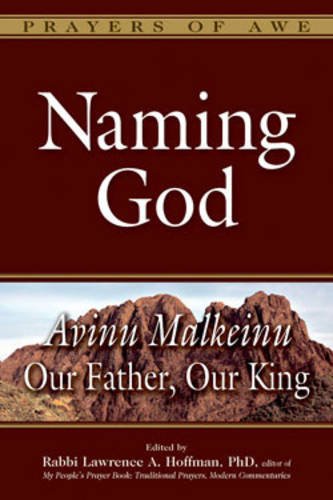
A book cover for Naming God: Avinu MalkeinuOur Father, Our King (Prayers of Awe); Religion & Spirituality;